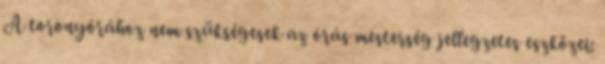
A toronyórához nem szükségesek az órás mesterség jellegzetes eszközei: